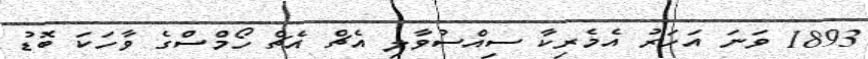
1893 ވަނަ އަހަރު އެމެރިކާ ސިއްސުވާލި އެޗް އެޗް ހޯމްސްގެ ވާހަކަ ބޮޑު